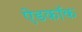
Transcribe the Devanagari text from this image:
ऐडकॉक